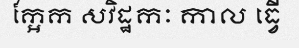
ក្អែក សវិដ្ឋកៈ កាល ធ្វើ